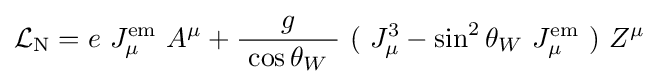
{\mathcal {L}}_{\mathrm {N} }=e\ J_{\mu }^{\mathrm {em} }\ A^{\mu }+{\frac {g}{\ \cos \theta _{W}\ }}\ (\ J_{\mu }^{3}-\sin ^{2}\theta _{W}\ J_{\mu }^{\mathrm {em} }\ )\ Z^{\mu }~